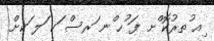
ިއ ުތރުކޮ ްށ ފަ ުހ ްނ ަރސް ަކ ަލ ަކށް